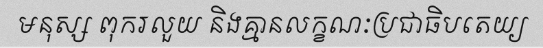
មនុស្ស ពុករលួយ និងគ្មានលក្ខណៈប្រជាធិបតេយ្យ